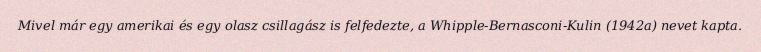
Mivel már egy amerikai és egy olasz csillagász is felfedezte, a Whipple-Bernasconi-Kulin (1942a) nevet kapta.